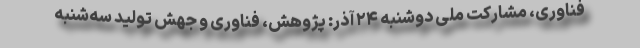
فناوری، مشارکت ملی دوشنبه ۲۴ آذر: پژوهش، فناوری و جهش تولید سه‌شنبه